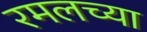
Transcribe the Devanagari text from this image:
रमलच्या